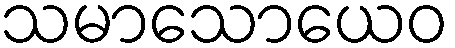
သမာသောယေဝ